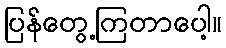
ပြန်တွေ့ကြတာပေါ့။